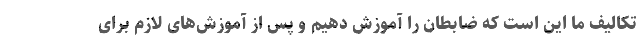
تکالیف ما این است که ضابطان را آموزش دهیم و پس از آموزش‌های لازم برای